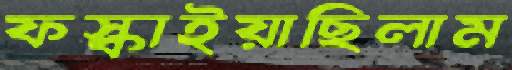
ফস্‌কাইয়াছিলাম